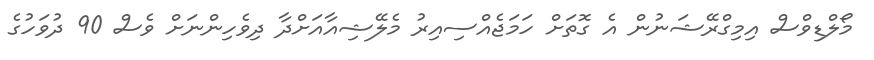
މޯލްޑިވްސް އިމިގްރޭޝަނުން އެ ގޮތަށް ހަމަޖެއްސިއިރު މެލޭޝިއާއަށްދާ ދިވެހިންނަށް ވެސް 90 ދުވަހުގެ